Lunatic asylums Madras 1877-1891 - 1877-1891
Year: 1877
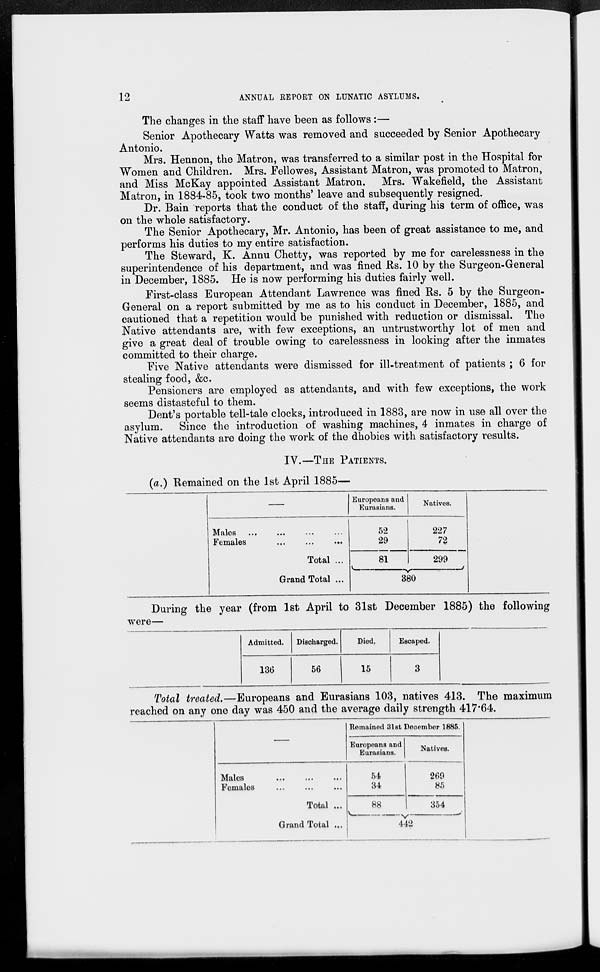
12
ANNUAL REPORT ON LUNATIC ASYLUMS.
The changes in the staff have been as follows:—
Senior Apothecary Watts was removed and succeeded by Senior Apothecary
Antonio.
Mrs. Hennon, the Matron, was transferred to a similar post in the Hospital for
Women and Children. Mrs. Fellowes, Assistant Matron, was promoted to Matron,
and Miss McKay appointed Assistant Matron. Mrs. Wakefield, the Assistant
Matron, in 1884-85, took two months' leave and subsequently resigned.
Dr. Bain reports that the conduct of the staff, during his term of office, was
on the whole satisfactory.
The Senior Apothecary, Mr. Antonio, has been of great assistance to me, and
performs his duties to my entire satisfaction.
The Steward, K. Annu Chetty, was reported by me for carelessness in the
superintendence of his department, and was fined Rs. 10 by the Surgeon-General
in December, 1885. He is now performing his duties fairly well.
First-class European Attendant Lawrence was fined Rs. 5 by the Surgeon-
General on a report submitted by me as to his conduct in December, 1885, and
cautioned that a repetition would be punished with reduction or dismissal. The
Native attendants are, with few exceptions, an untrustworthy lot of men and
give a great deal of trouble owing to carelessness in looking after the inmates
committed to their charge.
Five Native attendants were dismissed for ill-treatment of patients ; 6 for
stealing food, &c.
Pensioners are employed as attendants, and with few exceptions, the work
seems distasteful to them.
Dent's portable tell-tale clocks, introduced in 1883, are now in use all over the
asylum. Since the introduction of washing machines, 4 inmates in charge of
Native attendants are doing the work of the dhobies with satisfactory results.
IV.—THE PATIENTS.
(a.) Remained on the 1st April 1885—
—
Males ...
...
...
...
Females ... ... ...
Total ...
Grand Total ...
Europeans and
Eurasians.
52
29
81
Natives.
227
72
299
380
During the year (from 1st April to 31st December 1885) the following
were—
Admitted.
136
Discharged.
56
Died.
15
Escaped.
3
Total treated.—Europeans and Eurasians 103, natives 413. The maximum
reached on any one day was 450 and the average daily strength 417.64.
—
Males
...
...
...
Females
...
...
...
Total ...
Grand Total ...
Remained 31st December 1885.
Europeans and
Eurasians.
54
34
88
Natives.
269
85
354
442